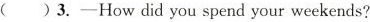
( )3.——How did you spend your weekends?